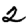
Digit: 2